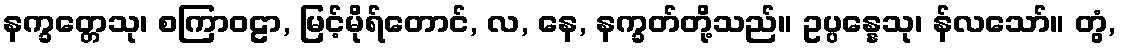
နက္ခတ္တေသု၊ စကြာဝဠာ, မြင့်မိုရ်တောင်, လ, နေ, နက္ခတ်တို့သည်။ ဥပ္ပန္နေသု၊ န်လသော်။ တွံ,